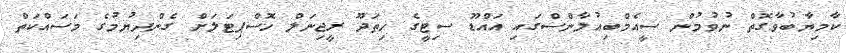
ކާމިޔާބުވާގޮތް ނުވުމުން ސީއެމްބިއުލާންސްގައި އައްޑޫ ސިޓީގެ ހިތަދޫ ރީޖިނަލް ހޮސްޕިޓަލަށް ގެންދިޔުމުގެ މަސައްކަތް